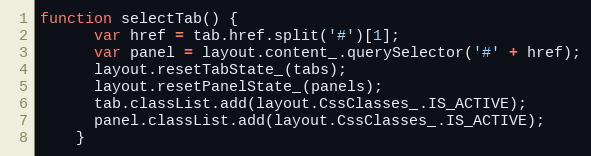
Language: JavaScript
function selectTab() {
      var href = tab.href.split('#')[1];
      var panel = layout.content_.querySelector('#' + href);
      layout.resetTabState_(tabs);
      layout.resetPanelState_(panels);
      tab.classList.add(layout.CssClasses_.IS_ACTIVE);
      panel.classList.add(layout.CssClasses_.IS_ACTIVE);
    }